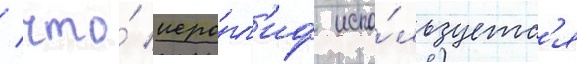
/ что́ иеро́гл'иф испо́льзуетс'я